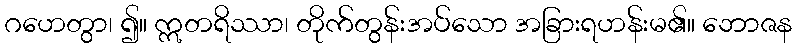
ဂဟေတွာ၊ ၍။ ဣတရိဿာ၊ တိုက်တွန်းအပ်သော အခြားရဟန်းမ၏။ ဘောဇန